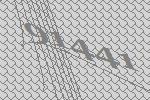
91441